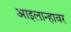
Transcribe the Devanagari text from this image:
आइलान्हावर